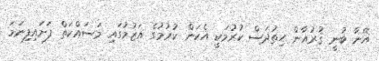
އޭނާ ބުނީ ޤުރުއާން ހިތުދަސް ކުރުމަކީ އެކަން ކުރުމުގެ އަޒުމުގައި މަސައްކަތް ފަށައިފިނަމަ